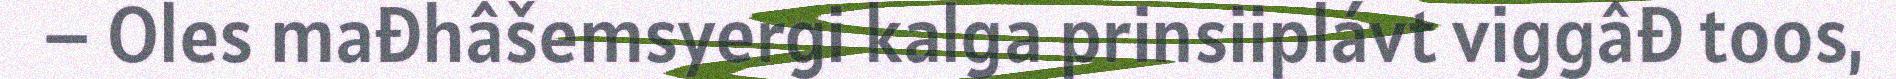
– Oles mađhâšemsyergi kalga prinsiiplávt viggâđ toos,